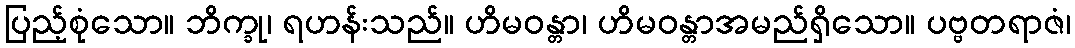
ပြည့်စုံသော။ ဘိက္ခု၊ ရဟန်းသည်။ ဟိမဝန္တာ၊ ဟိမဝန္တာအမည်ရှိသော။ ပဗ္ဗတရာဇံ၊